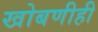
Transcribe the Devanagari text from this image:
खोबणीही